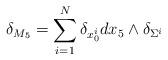
LaTeX: \begin{align*}\delta_{M_5}=\sum_{i=1}^N\delta_{x^i_0} dx_5\wedge \delta_{\Sigma^i}\end{align*}